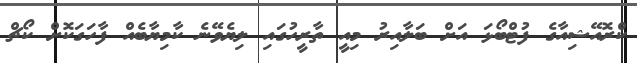
ކްރޮއޭޝިއާގެ ފުޓްބޯޅަ އަށް ބަލާއިރު މިއީ ތާރީހުގައި ލިޔެވޭނެ ކާމިޔާބެއް ފާހަގަކޮށް ކޯޗް